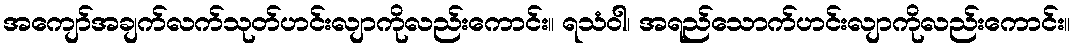
အကျော်အချက်လက်သုတ်ဟင်းလျာကိုလည်းကောင်း။ ရသံဝါ၊ အရည်သောက်ဟင်းလျာကိုလည်းကောင်း။